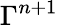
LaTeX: \Gamma^{n+1}